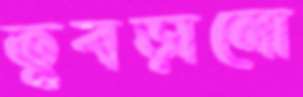
তুবড়ানো